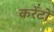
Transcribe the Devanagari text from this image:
करेंटों